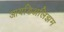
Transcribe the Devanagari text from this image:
आयडिअलिझम